Investigations into the jail dietaries of the United Provinces with some observations on the influence of dietary on the physical development and well-being of the people of the United Provinces - Number 48
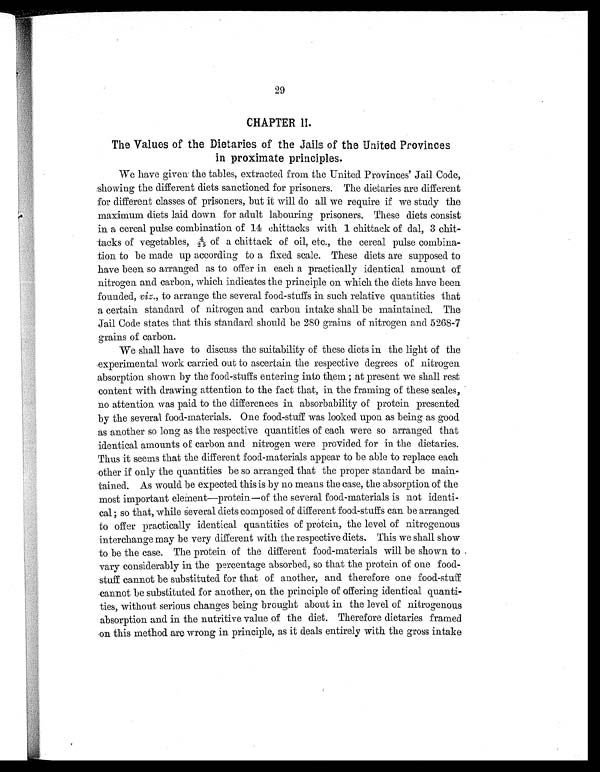
29
CHAPTER II
The Values of the Dietaries of the Jails of the United Provinces
in proximate principles.
We have given the tables, extracted from the United Provinces' Jail Code,
showing the different diets sanctioned for prisoners. The dietaries are different
for different classes of prisoners, but it will do all we require if we study the
maximum diets laid down for adult labouring prisoners. These diets consist
in a cereal pulse combination of 14 chittacks with 1 chittack of dal, 3 chit-
tacks of vegetables, 4/25of a chittack of oil, etc., the cereal pulse combina-
tion to be made up according to a fixed scale. These diets are supposed to
have been so arranged as to offer in each a practically identical amount of
nitrogen and carbon, which indicates the principle on which the diets have been
founded, viz., to arrange the several food-stuffs in such relative quantities that
a certain standard of nitrogen and carbon intake shall be maintained. The
Jail Code states that this standard should be 280 grains of nitrogen and 5268-7
grains of carbon.
We shall have to discuss the suitability of these diets in the light of the
experimental work carried out to ascertain the respective degrees of nitrogen
absorption shown by the food-stuffs entering into them ; at present we shall rest
content with drawing attention to the fact that, in the framing of these scales,
no attention was paid to the differences in absorbability of protein presented
by the several food-materials. One food-stuff was looked upon as being as good
as another so long as the respective quantities of each were so arranged that
identical amounts of carbon and nitrogen were provided for in the dietaries.
Thus it seems that the different food-materials appear to be able to replace each
other if only the quantities be so arranged that the proper standard be main-
tained. As would be expected this is by no means the case, the absorption of the
most important element--protein—of the several food-materials is not identi-
cal; so that, while Several diets composed of different food-stuffs can be arranged
to offer practically identical quantities of protein, the level of nitrogenous
interchange may be very different with the respective diets. This we shall show
to be the case. The protein of the different food-materials will be shown to .
vary considerably in the percentage absorbed, so that the protein of one food-
stuff cannot be substituted for that of another, and therefore one food-stuff
cannot be substituted for another, on the principle of offering identical quanti-
ties, without serious changes being brought about in the level of nitrogenous
absorption and in the nutritive value of the diet. Therefore dietaries framed
on this method are wrong in principle, as it deals entirely with the gross intake